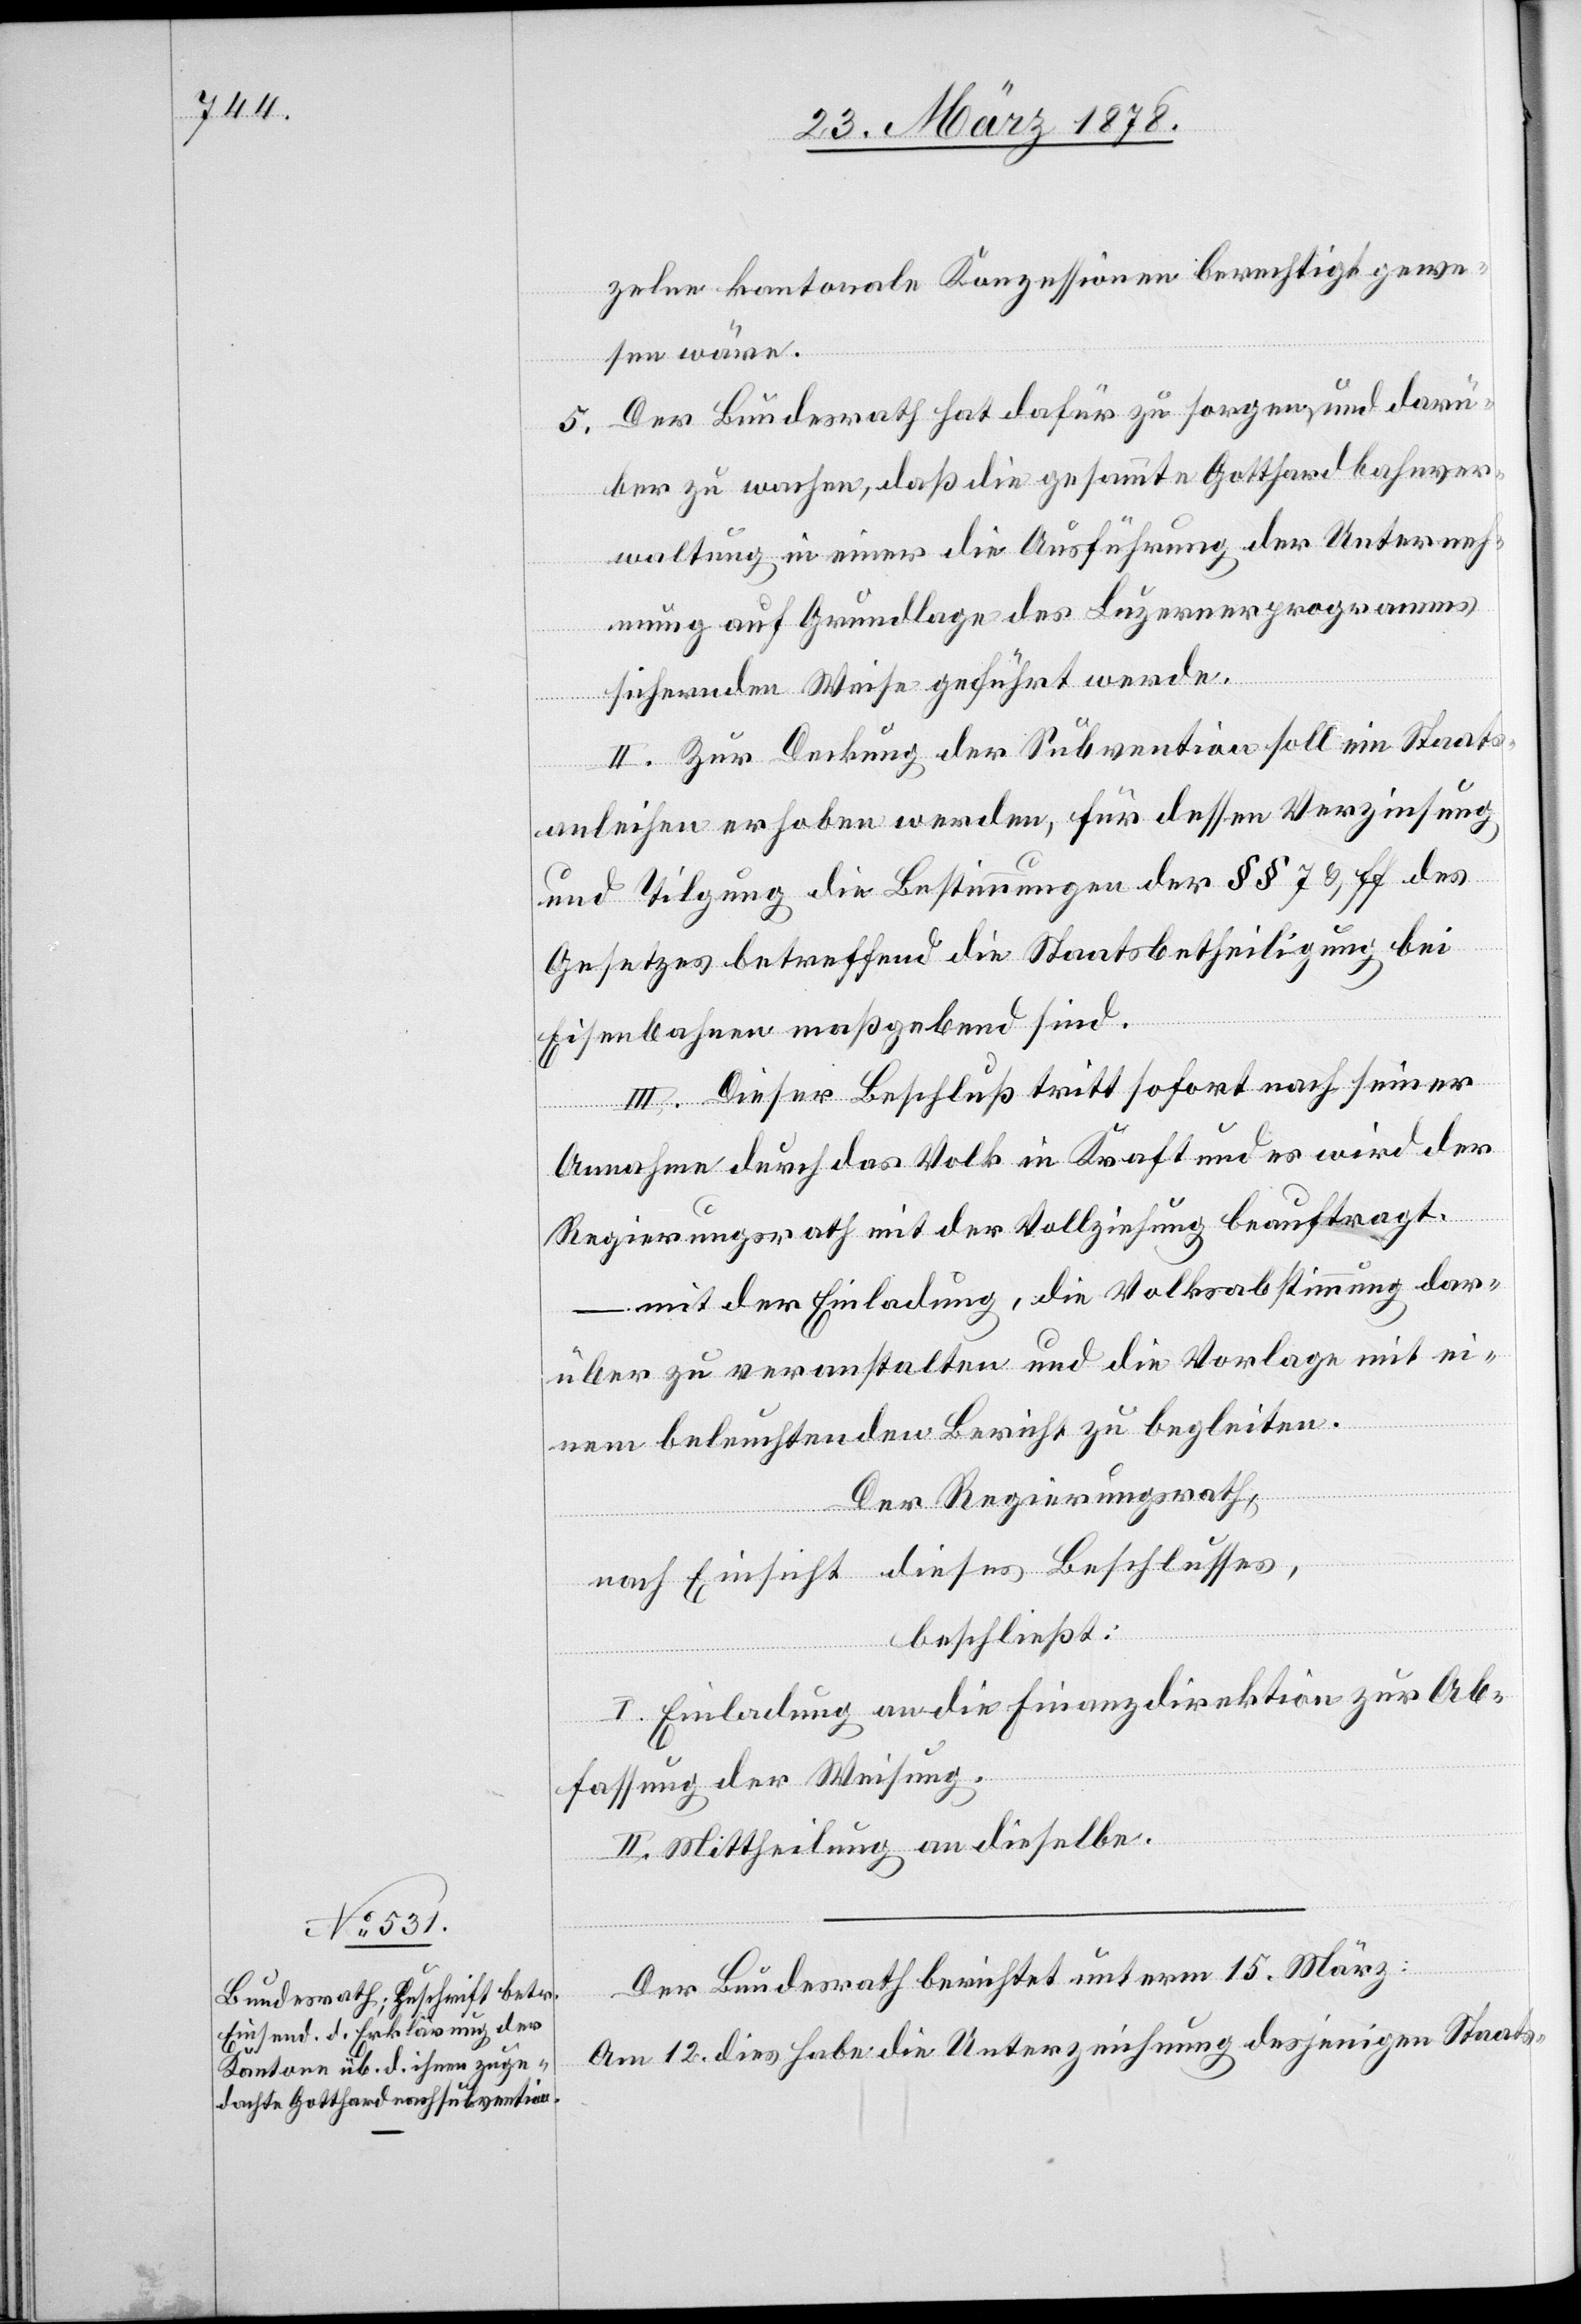
zelne kantonale Konzessionen berechtigt gewe¬
sen wäre.
Der Bundesrath hat dafür zu sorgen, und darü¬
ber zu wachen, daß die gesammte Gotthardbahnver¬
waltung in einer die Ausführung der Unterneh¬
mung auf Grundlage des Luzernerprogrammes
sichernden Weise geführt werde.
II. Zur Deckung der Subvention soll ein Staats¬
anleihen erhoben werden, für dessen Verzinsung
und Tilgung die Bestimmungen der §§ 7 & ff des
Gesetzes betreffend die Staatsbetheiligung bei
Eisenbahnen maßgebend sind.
III. Dieser Beschluß tritt sofort nach seiner
Annahme durch das Volk in Kraft und es wird der
5.
Regierungsrath mit der Vollziehung beauftragt.
– mit der Einladung, die Volksabstimmung dar¬
über zu veranstalten und die Vorlage mit ei¬
nem beleuchtenden Bericht zu begleiten.
Der Regierungsrath,
nach Einsicht dieses Beschlusses,
beschließt:
I. Einladung an die Finanzdirektion zur Ab¬
fassung der Weisung.
II. Mittheilung an dieselbe.
Der Bundesrath berichtet unterm 15. März:
Am 12. dies habe die Unterzeichnung desjenigen Staats-